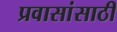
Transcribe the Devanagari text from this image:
प्रवासांसाठी